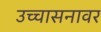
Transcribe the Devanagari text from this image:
उच्चासनावर